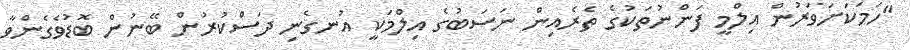
"ހަމަކަށަވަރުން އިލްމީ ފަންނުތަކުގެ ތެރެއިން ނަސަބުގެ އިލްމަކީ އުނގެނި ދަސްކުރުން ބޭނުން ބޮޑުވެގެންވާ